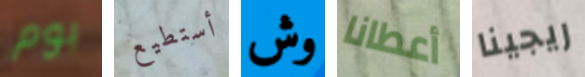
بوم أستطيع وش أعطانا ريجينا